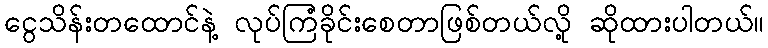
ငွေသိန်းတထောင်နဲ့ လုပ်ကြံခိုင်းစေတာဖြစ်တယ်လို့ ဆိုထားပါတယ်။